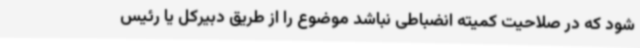
شود که در صلاحیت کمیته انضباطی نباشد موضوع را از طریق دبیرکل یا رئیس